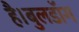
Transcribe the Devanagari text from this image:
है।बुलडॉग